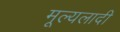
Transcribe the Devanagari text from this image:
मूल्यलादी